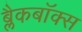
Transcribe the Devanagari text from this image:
ब्लैकबॉक्स